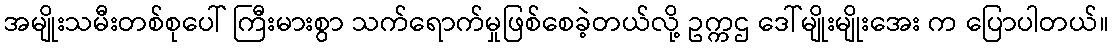
အမျိုးသမီးတစ်စုပေါ် ကြီးမားစွာ သက်ရောက်မှုဖြစ်စေခဲ့တယ်လို့ ဥက္ကဌ ဒေါ်မျိုးမျိုးအေး က ပြောပါတယ်။